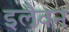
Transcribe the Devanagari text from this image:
इलैवन